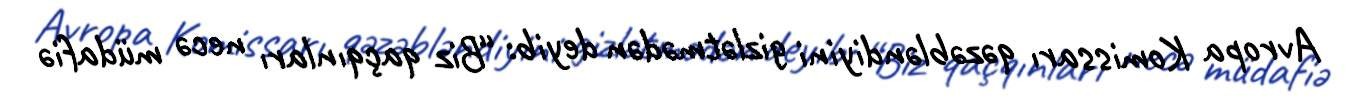
Avropa Komissarı qəzəbləndiyini gizlətmədən deyib: “Biz qaçqınları necə müdafiə